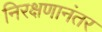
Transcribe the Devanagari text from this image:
निरक्षणानंतर